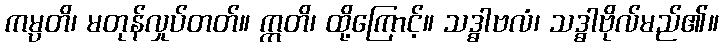
ကမ္ပတိ၊ မတုန်လှုပ်တတ်။ ဣတိ၊ ထို့ကြောင့်။ သဒ္ဓါဗလံ၊ သဒ္ဓါဗိုလ်မည်၏။